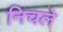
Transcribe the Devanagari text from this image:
निचले